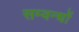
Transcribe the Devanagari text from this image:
सम्वन्धों